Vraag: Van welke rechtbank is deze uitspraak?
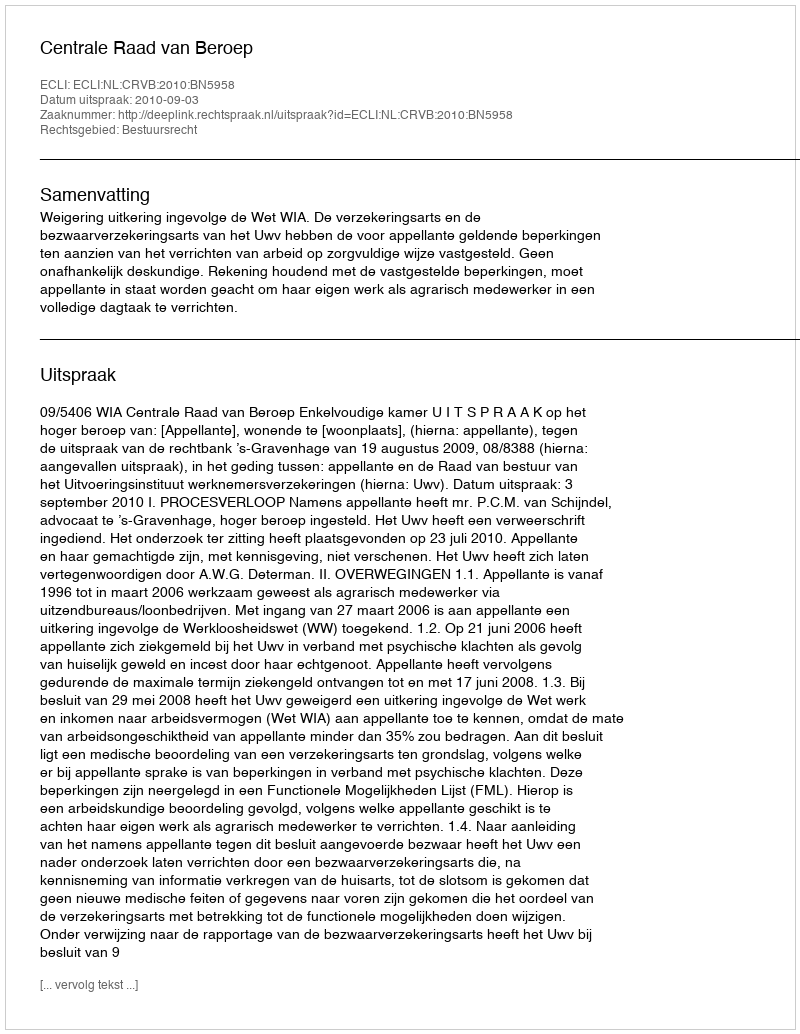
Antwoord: Centrale Raad van Beroep